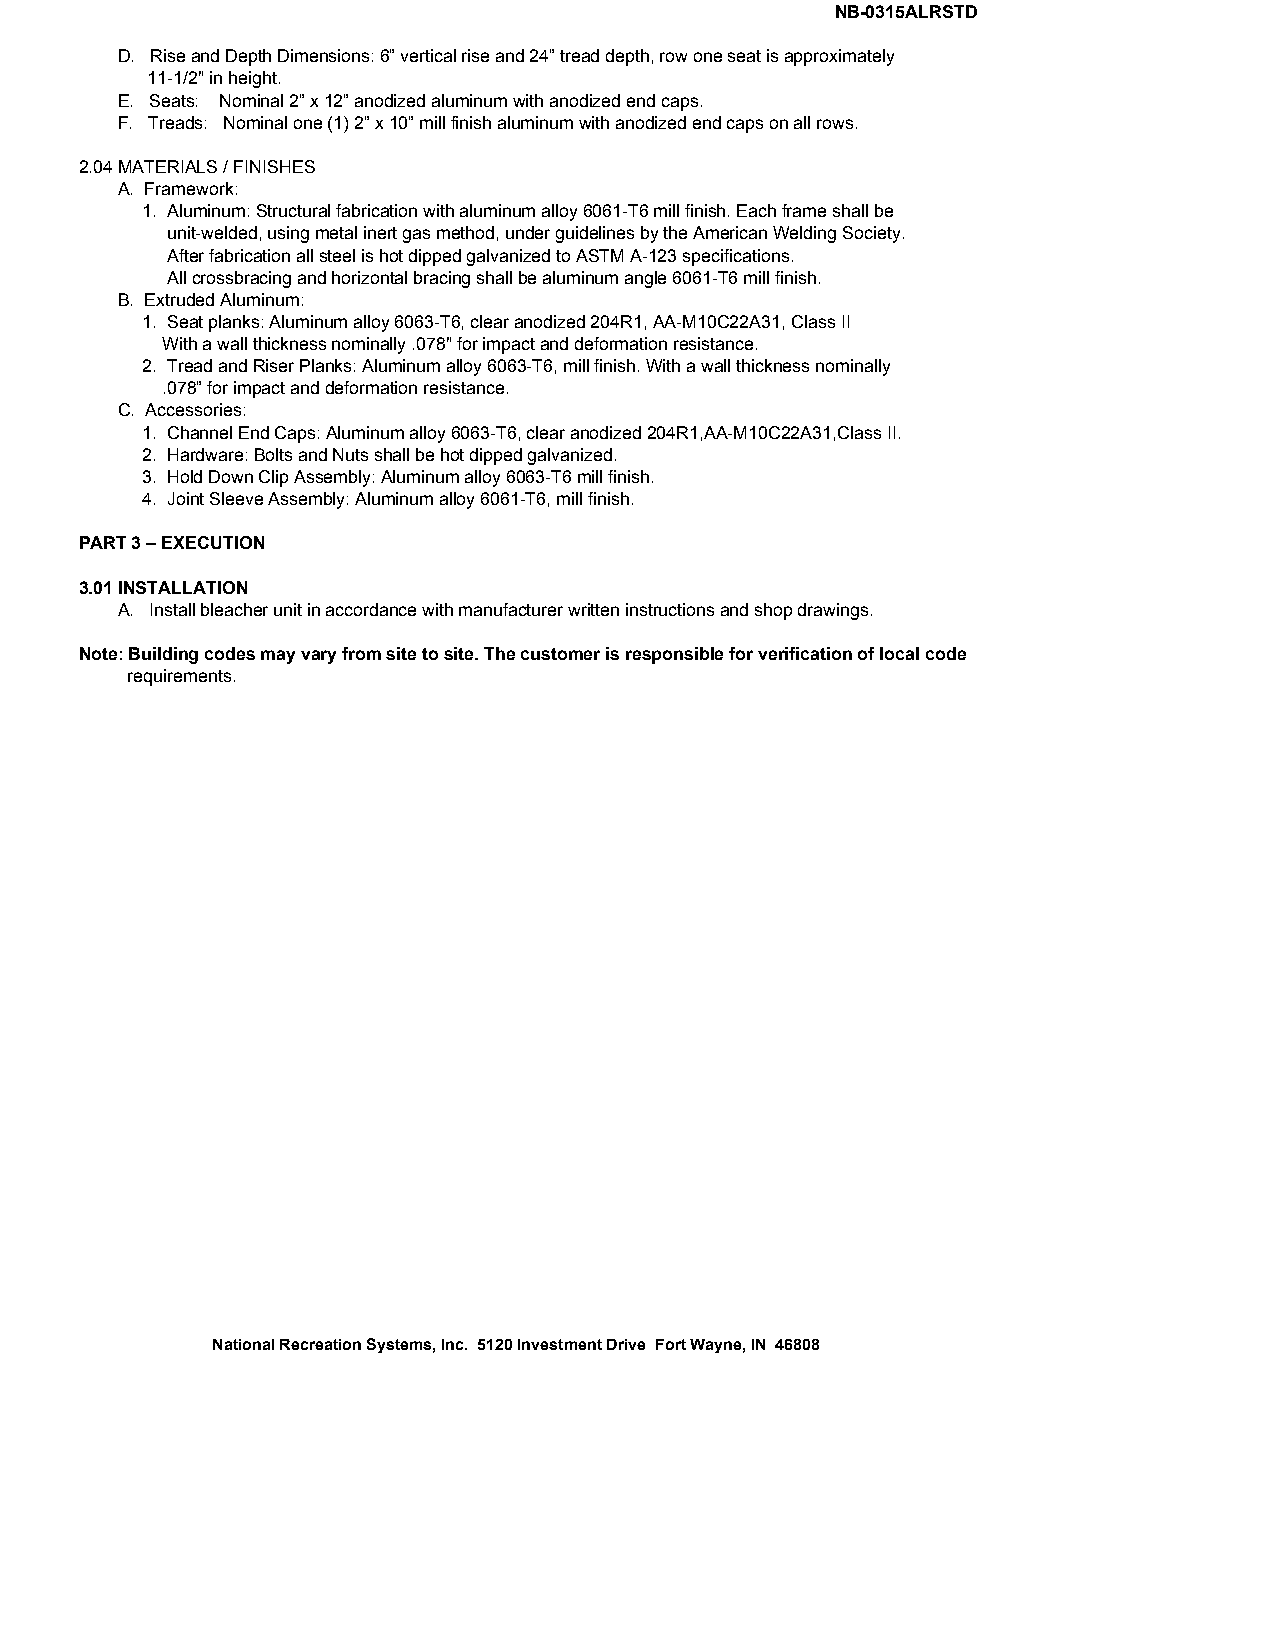
NB-0315ALRSTD
 D. Rise and Depth Dimensions: 6” vertical rise and 24” tread depth, row one seat is approximately
 11-1/2" in height.
 E. Seats: Nominal 2” x 12” anodized aluminum with anodized end caps.
 F. Treads: Nominal one (1) 2” x 10” mill finish aluminum with anodized end caps on all rows.
 2.04 MATERIALS / FINISHES
 A. Framework:
 1. Aluminum: Structural fabrication with aluminum alloy 6061-T6 mill finish. Each frame shall be
 unit-welded, using metal inert gas method, under guidelines by the American Welding Society.
 After fabrication all steel is hot dipped galvanized to ASTM A-123 specifications.
 All crossbracing and horizontal bracing shall be aluminum angle 6061-T6 mill finish.
 B. Extruded Aluminum:
 1. Seat planks: Aluminum alloy 6063-T6, clear anodized 204R1, AA-M10C22A31, Class II
 With a wall thickness nominally .078" for impact and deformation resistance.
 2. Tread and Riser Planks: Aluminum alloy 6063-T6, mill finish. With a wall thickness nominally
 .078” for impact and deformation resistance.
 C. Accessories:
 1. Channel End Caps: Aluminum alloy 6063-T6, clear anodized 204R1,AA-M10C22A31,Class II.
 2. Hardware: Bolts and Nuts shall be hot dipped galvanized.
 3. Hold Down Clip Assembly: Aluminum alloy 6063-T6 mill finish.
 4. Joint Sleeve Assembly: Aluminum alloy 6061-T6, mill finish.
 PART 3 – EXECUTION
 3.01 INSTALLATION
 A. Install bleacher unit in accordance with manufacturer written instructions and shop drawings.
 Note: Building codes may vary from site to site. The customer is responsible for verification of local code
 requirements.
 National Recreation Systems, Inc. 5120 Investment Drive Fort Wayne, IN 46808